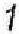
1